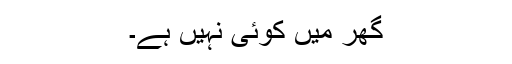
گھر میں کوئی نہیں ہے۔